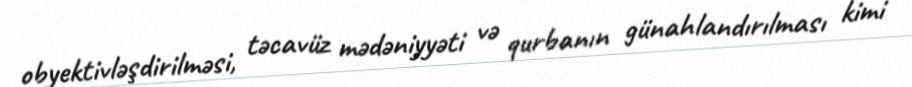
obyektivləşdirilməsi, təcavüz mədəniyyəti və qurbanın günahlandırılması kimi